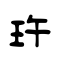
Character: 玝